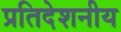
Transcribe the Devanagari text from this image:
प्रतिदेशनीय